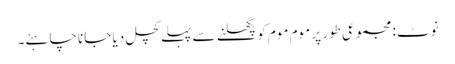
نوٹ: مجموعی طور پر موم موم کو پگھلنے سے پہلے کچل دیا جانا چاہئے۔